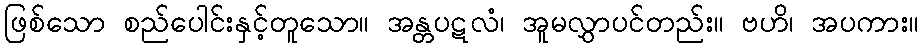
ဖြစ်သော စည်ပေါင်းနှင့်တူသော။ အန္တပဋလံ၊ အူမလွှာပင်တည်း။ ဗဟိ၊ အပကား။